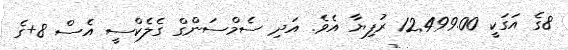
8ގެ އަގަކީ 12